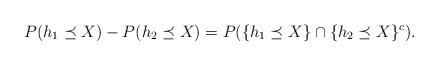
\begin{align*}P(h_1\preceq X)-P(h_2 \preceq X)=P(\{h_1 \preceq X\}\cap\{h_2 \preceq X\}^{c}).\end{align*}